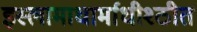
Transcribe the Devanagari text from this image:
इस्लामाधार्माधीश्ठीत